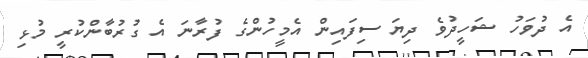
އެ ދުވަހު ޝަހީދުވެ ދިޔަ ސިފައިން އެމީހުންގެ ފުރާނަ އެ ގުރުބާންކުރީ މުޅި